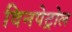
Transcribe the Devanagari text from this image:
विनपेट्रोल